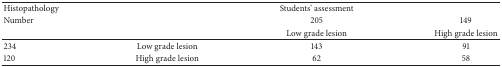
<table><thead><tr><td><b>Histopathology</b></td><td>[EMPTY_CELL]</td><td><b>Students' assessment</b></td><td>[EMPTY_CELL]</td></tr><tr><td><b>Number</b></td><td>[EMPTY_CELL]</td><td><b>205</b></td><td><b>149</b></td></tr><tr><td>[EMPTY_CELL]</td><td>[EMPTY_CELL]</td><td><b>Low grade lesion</b></td><td><b>High grade lesion</b></td></tr></thead><tbody><tr><td>234</td><td>Low grade lesion</td><td>143</td><td>91</td></tr><tr><td>120</td><td>High grade lesion</td><td>62</td><td>58</td></tr></tbody></table>